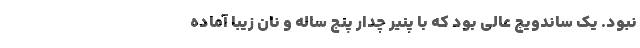
نبود. یک ساندویچ عالی بود که با پنیر چدار پنج ساله و نان زیبا آماده